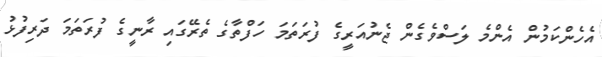
އެހެންކަމުން އެންމެ ލަސްވެގެން ޖެނުއަރީގެ ފުރަތަމަ ހަފްތާގެ ތެރޭގައި ރާނީގެ ފުރަތަމަ ދަރިފުޅު